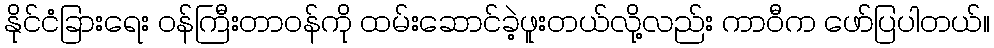
နိုင်ငံခြားရေး ဝန်ကြီးတာဝန်ကို ထမ်းဆောင်ခဲ့ဖူးတယ်လို့လည်း ကာဝီက ဖော်ပြပါတယ်။